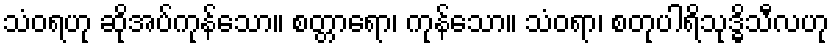
သံဝရဟု ဆိုအပ်ကုန်သော။ စတ္တာရော၊ ကုန်သော။ သံဝရာ၊ စတုပါရိသုဒ္ဓိသီလဟု